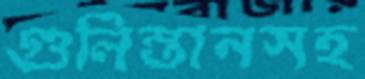
গুলিস্তানসহ